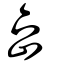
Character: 喦